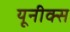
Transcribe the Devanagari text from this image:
यूनीक्स